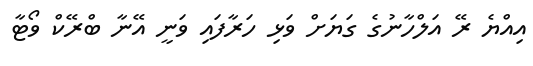
އިއްޔެ ރޭ އަލްހާނުގެ ގަޔަށް ވަޅި ހަރާފައި ވަނީ އޭނާ ބްރޭކް ވޯޓާ